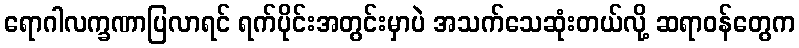
ရောဂါလက္ခဏာပြလာရင် ရက်ပိုင်းအတွင်းမှာပဲ အသက်သေဆုံးတယ်လို့ ဆရာဝန်တွေက